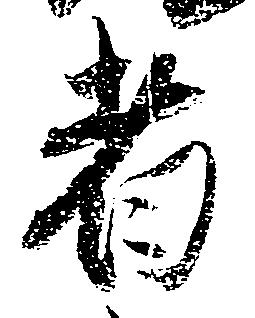
者